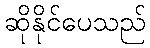
ဆိုနိုင်ပေသည်